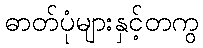
ဓာတ်ပုံများနှင့်တကွ